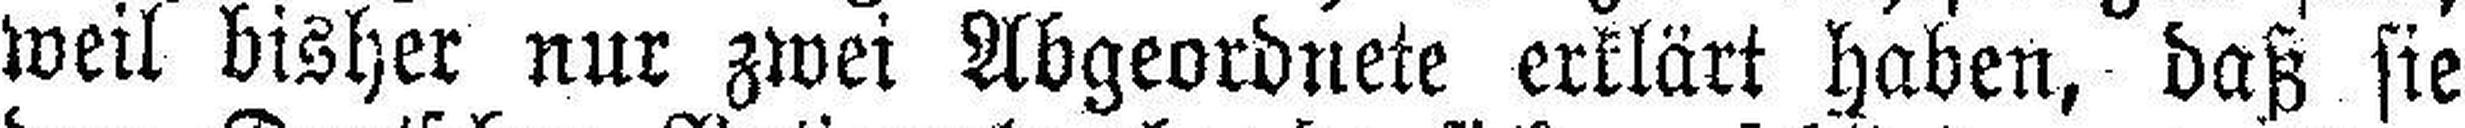
weil bisher nur zwei Abgeordnete erklärt haben, daß sie